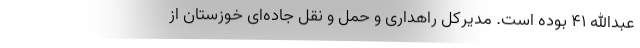
عبدالله ۴۱ بوده است. مدیرکل راهداری و حمل و نقل جاده‌ای خوزستان از